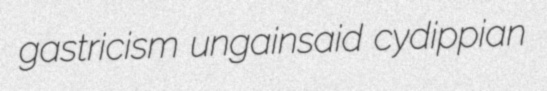
gastricism ungainsaid cydippian